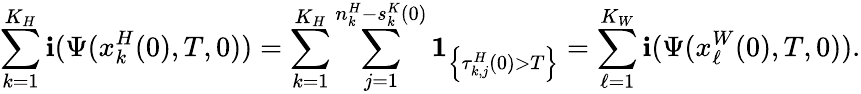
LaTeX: \sum_{k=1}^{K_{H}}\mathbf{i}(\Psi(x_{k}^{H}(0),T,0))=\sum_{k=1}^{K_{H}}\sum_{j=1}^{n_{k}^{H}-s_{k}^{K}(0)}\mathbf{1}_{\left\{ \tau_{k,j}^{H}(0)>T\right\} }=\sum_{\ell=1}^{K_{W}}\mathbf{i}(\Psi(x_{\ell}^{W}(0),T,0)).